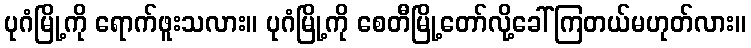
ပုဂံမြို့ကို ရောက်ဖူးသလား။ ပုဂံမြို့ကို စေတီမြို့တော်လို့ခေါ်ကြတယ်မဟုတ်လား။